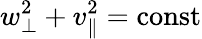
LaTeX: w_{\perp}^{2}+v_{\parallel}^{2}=\mathrm{const}